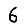
Digit: 6